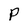
Character: P